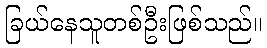
ခြယ်နေသူတစ်ဦးဖြစ်သည်။